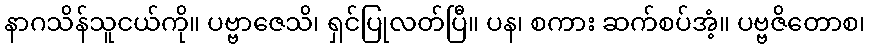
နာဂသိန်သူငယ်ကို။ ပဗ္ဗာဇေသိ၊ ရှင်ပြုလတ်ပြီ။ ပန၊ စကား ဆက်စပ်အံ့။ ပဗ္ဗဇိတောစ၊